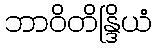
ဘာဝိတိန္ဒြိယံ